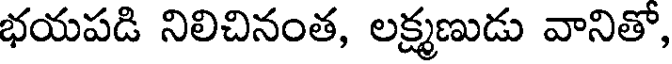
భయపడి నిలిచినంత, లక్ష్మణుడు వానితో,